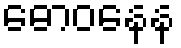
ဓောဝနေန